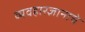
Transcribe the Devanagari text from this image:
व्यवहारज्ञानाचे